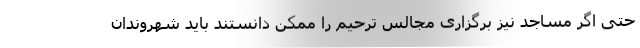
حتی اگر مساجد نیز برگزاری مجالس ترحیم را ممکن دانستند باید شهروندان